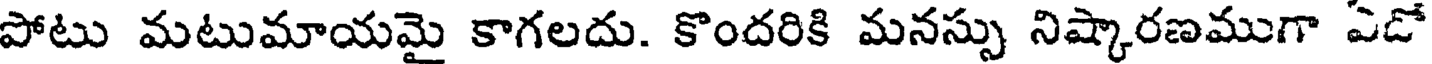
పోటు మటుమాయమై కాగలదు. కొందరికి మనస్సు నిష్కారణముగా ఏడో